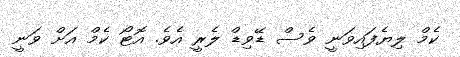
ކެމް ލިޔެފައިވަނީ ވެސް ޑޭވިޑް ލެރީ އެވެ. އޮޓޯ ކެމް އަށް ވަނީ